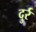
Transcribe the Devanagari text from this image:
दुर्र